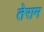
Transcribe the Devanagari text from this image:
तेराम